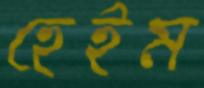
হেইম